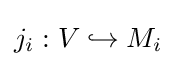
j_{i}:V\hookrightarrow M_{i}